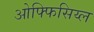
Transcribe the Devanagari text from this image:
ओफ्फिसिय्ल